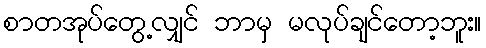
စာတအုပ်တွေ့လျှင် ဘာမှ မလုပ်ချင်တော့ဘူး။